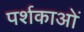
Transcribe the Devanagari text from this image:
पर्शकाओं